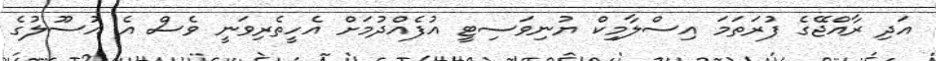
އަދި ރާއްޖޭގެ ފުރަތަމަ އިސްލާމިކް ޔުނިވަސިޓީ އުފެއްދުމަށް އެހީތެރިވަނީ ވެސް އެ އުސޫލުގެ